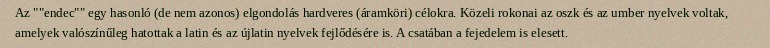
Az ""endec"" egy hasonló (de nem azonos) elgondolás hardveres (áramköri) célokra. Közeli rokonai az oszk és az umber nyelvek voltak, amelyek valószínűleg hatottak a latin és az újlatin nyelvek fejlődésére is. A csatában a fejedelem is elesett.